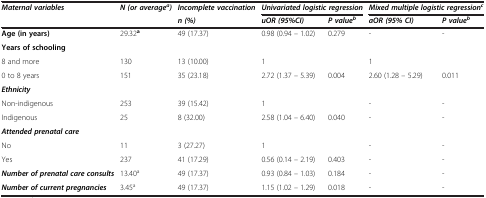
<table><thead><tr><td><b><i>Maternal variables</i></b></td><td><b><i>N (or average</i><sup><i>a</i></sup><i>)</i></b></td><td><b><i>Incomplete vaccination</i></b></td><td colspan="2"><b><i>Univariated logistic regression</i></b></td><td colspan="2"><b><i>Mixed multiple logistic regression</i><sup><i>c</i></sup></b></td></tr><tr><td></td><td></td><td><b><i>n (%)</i></b></td><td><b><i>uOR (95%CI)</i></b></td><td><b><i>P value</i><sup><i>b</i></sup></b></td><td><b><i>aOR (95% CI)</i></b></td><td><b><i>P value</i><sup><i>b</i></sup></b></td></tr></thead><tbody><tr><td><b>Age (in years)</b></td><td>29.32<sup><b>a</b></sup></td><td>49 (17.37)</td><td>0.98 (0.94 – 1.02)</td><td>0.279</td><td>-</td><td>-</td></tr><tr><td><b>Years of schooling</b></td><td></td><td></td><td></td><td></td><td></td><td></td></tr><tr><td>8 and more</td><td>130</td><td>13 (10.00)</td><td>1</td><td></td><td>1</td><td></td></tr><tr><td>0 to 8 years</td><td>151</td><td>35 (23.18)</td><td>2.72 (1.37 – 5.39)</td><td>0.004</td><td>2.60 (1.28 – 5.29)</td><td>0.011</td></tr><tr><td><b><i>Ethnicity</i></b></td><td></td><td></td><td></td><td></td><td></td><td></td></tr><tr><td>Non-indigenous</td><td>253</td><td>39 (15.42)</td><td>1</td><td></td><td>-</td><td>-</td></tr><tr><td>Indigenous</td><td>25</td><td>8 (32.00)</td><td>2.58 (1.04 – 6.40)</td><td>0.040</td><td>-</td><td>-</td></tr><tr><td><b><i>Attended prenatal care</i></b></td><td></td><td></td><td></td><td></td><td></td><td></td></tr><tr><td>No</td><td>11</td><td>3 (27.27)</td><td>1</td><td></td><td>-</td><td>-</td></tr><tr><td>Yes</td><td>237</td><td>41 (17.29)</td><td>0.56 (0.14 – 2.19)</td><td>0.403</td><td>-</td><td>-</td></tr><tr><td><b><i>Number of prenatal care consults</i></b></td><td>13.40<sup>a</sup></td><td>49 (17.37)</td><td>0.93 (0.84 – 1.03)</td><td>0.184</td><td>-</td><td>-</td></tr><tr><td><b><i>Number of current pregnancies</i></b></td><td>3.45<sup>a</sup></td><td>49 (17.37)</td><td>1.15 (1.02 – 1.29)</td><td>0.018</td><td>-</td><td>-</td></tr></tbody></table>